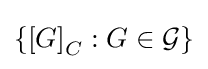
\left\{\left[G\right]_{C}:G\in {\mathcal {G}}\right\}